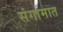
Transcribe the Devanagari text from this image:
संगामात